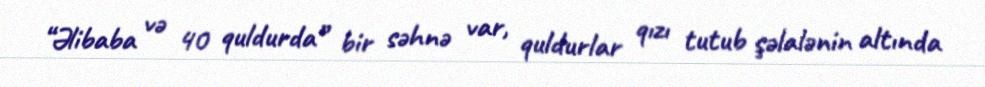
“Əlibaba və 40 quldurda” bir səhnə var, quldurlar qızı tutub şəlalənin altında